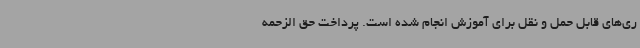
ری‌های قابل حمل و نقل برای آموزش انجام شده است. پرداخت حق الزحمه